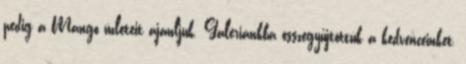
pedig a Mango üzleteit ajánljuk. Galériánkba összegyűjtöttük a kedvenceinket,